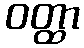
ဝတ္ထာ